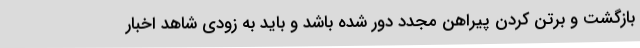
بازگشت و برتن کردن پیراهن مجدد دور شده باشد و باید به زودی شاهد اخبار